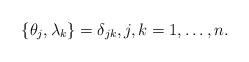
LaTeX: \begin{gather*}\{\theta_j,\lambda_k\}=\delta_{jk},j,k=1,\dots,n.\end{gather*}